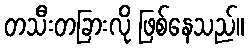
တသီးတခြားလို ဖြစ်နေသည်။